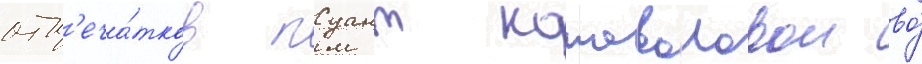
отп'еча́тков пуант коноваловои во́